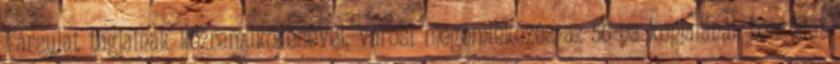
Társulat tagjainak közreműködésével, városi megemlékezés az 56-os kopjafánál: beszédet